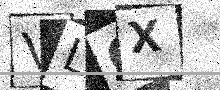
Text: VLCX